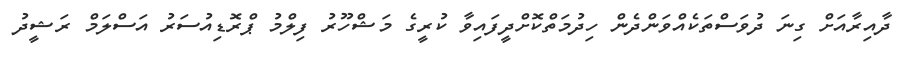
ދާއިރާއަށް ގިނަ ދުވަސްތަކެއްވަންދެން ހިދުމަތްކޮށްދީފައިވާ ކުރީގެ މަޝްހޫރު ފިލްމު ޕްރޮޑިއުސަރު އަސްލަމް ރަޝީދު